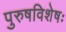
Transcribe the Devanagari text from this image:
पुरुषविशेषः